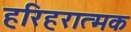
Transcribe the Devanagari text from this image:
हरिहरात्मक